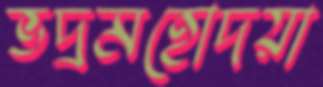
ভদ্রমহোদয়া